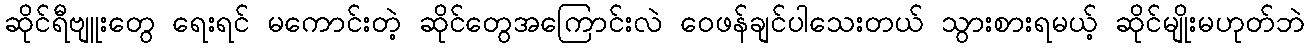
ဆိုင်ရီဗျူးတွေ ရေးရင် မကောင်းတဲ့ ဆိုင်တွေအကြောင်းလဲ ဝေဖန်ချင်ပါသေးတယ် သွားစားရမယ့် ဆိုင်မျိုးမဟုတ်ဘဲ